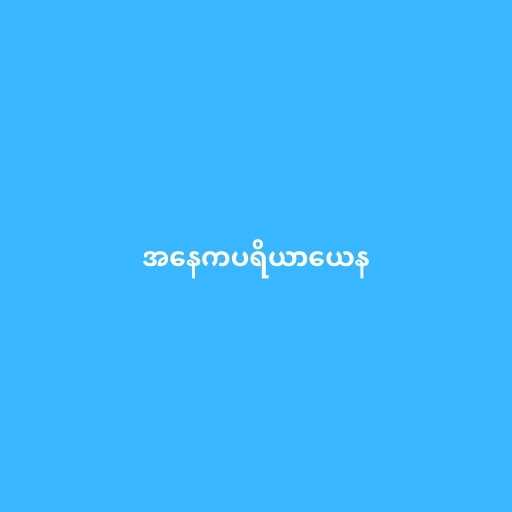
အနေကပရိယာယေန